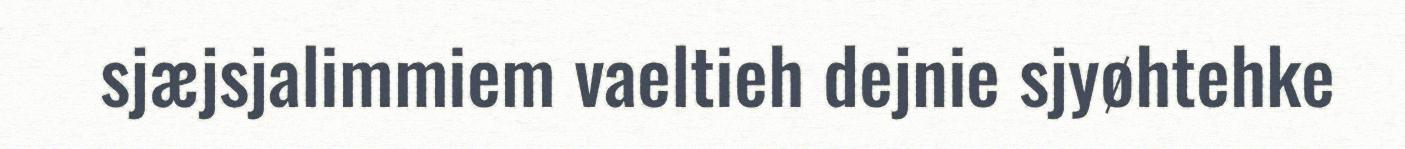
sjæjsjalimmiem vaeltieh dejnie sjyøhtehke